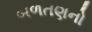
બળતણનો